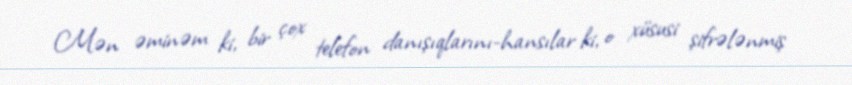
Mən əminəm ki, bir çox telefon danışıqlarını-hansılar ki, o xüsusi şifrələnmiş